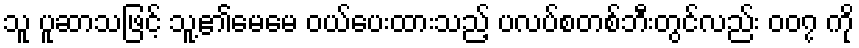
သူ ပူဆာသဖြင့် သူ့၏မေမေ ဝယ်ပေးထားသည့် ပလပ်စတစ်ဘီးတွင်လည်း ၀၀၇ ကို